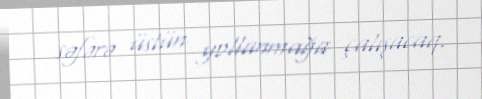
səfərə üstün yollanmağa çalışacaq.